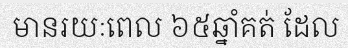
មានរយៈពេល ៦៥ឆ្នាំគត់ ដែល